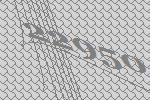
22950